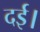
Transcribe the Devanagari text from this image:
दई।